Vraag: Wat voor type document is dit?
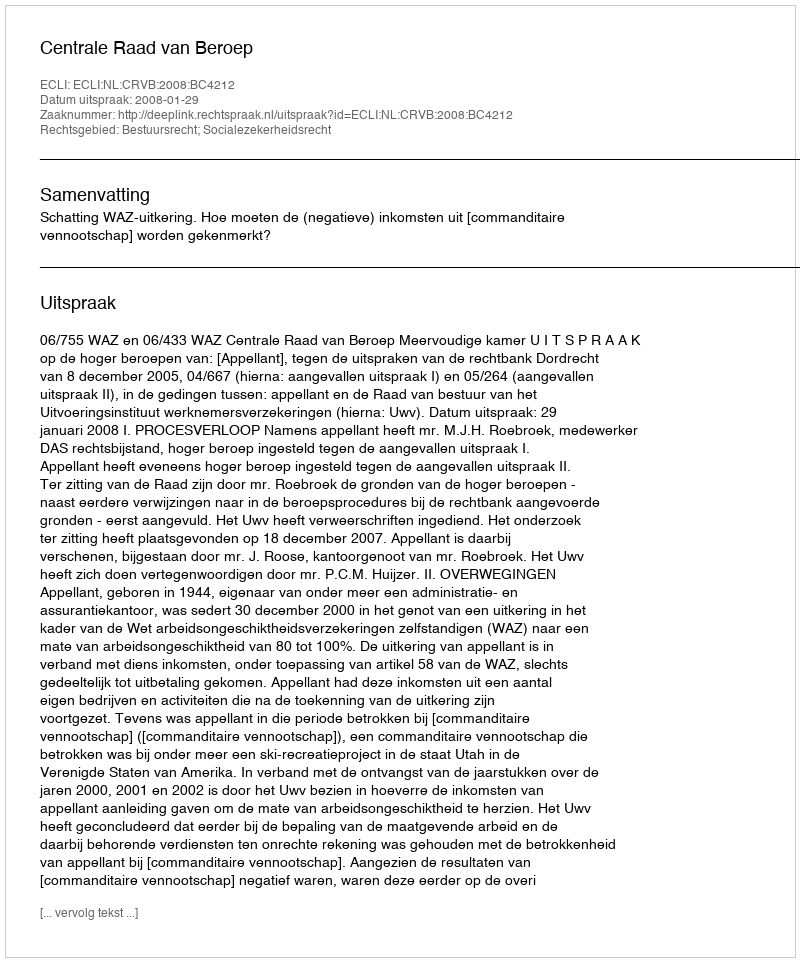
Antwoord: Uitspraak